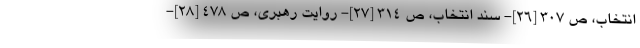
انتخاب، ص ۳۰۷ [۲۶]- سند انتخاب، ص ۳۱۴ [۲۷]- روایت رهبری، ص ۴۷۸ [۲۸]-